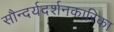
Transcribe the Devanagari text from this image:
सौन्दर्यदर्शनकारिका